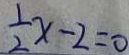
\frac { 1 } { 2 } x - 2 = 0